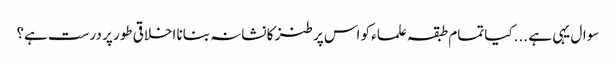
سوال یہی ہے ...کیا تمام طبقہ علماء کو اس پر طنز کا نشانہ بنانا اخلاقی طور پر درست ہے؟